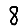
Digit: 8